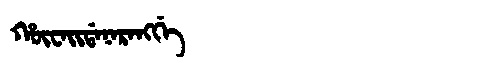
Manchu: ᡥᡡᠸᠠᡳᡩᠠᠨᠠᡵᠠᠩᡤᡝ
Romanization: HŪWAIDANARANGGE